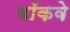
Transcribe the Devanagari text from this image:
वॉकवे